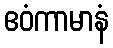
ဧဝံကာမာနံ